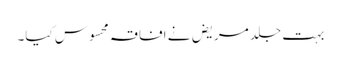
بہت جلد مریض نے افاقہ محسوس کیا۔